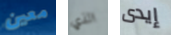
معين الذي إيدى